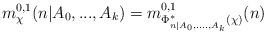
\begin{align*}m_{\chi}^{0,1}(n\vert A_0,...,A_k) = m^{0,1}_{\Phi_{n \vert A_0,....,A_k}^*(\chi)}(n)\end{align*}